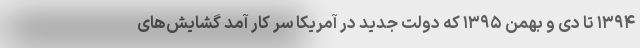
۱۳۹۴ تا دی و بهمن ۱۳۹۵ که دولت جدید در آمریکا سر کار آمد گشایش‌های